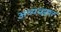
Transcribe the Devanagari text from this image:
अव्यव्ह्ह्त